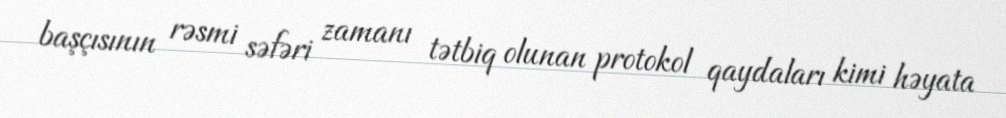
başçısının rəsmi səfəri zamanı tətbiq olunan protokol qaydaları kimi həyata